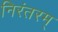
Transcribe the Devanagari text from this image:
निरंतरम्‌